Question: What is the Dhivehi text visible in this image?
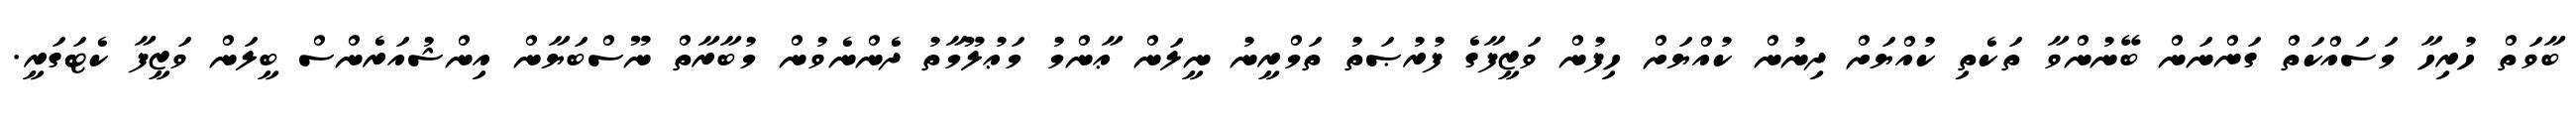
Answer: ބާވަތް ހުރިހާ މަސައްކަތް ގަންނަން ބޭނުންވާ ތަކެތި ކުއްޔަށް ދިނުން ކުއްޔަށް ހިފުން ވަޒީފާގެ ފުރުޞަތު ތަމްރީނު ނީލަން ޢާންމު މަޢުލޫމާތު ދެންނެވުން މުބާރާތް ނޫސްބަޔާން އިންޝުއަރެންސް ބީލަން ވަޒީފާ ކެޓަގަރީ.